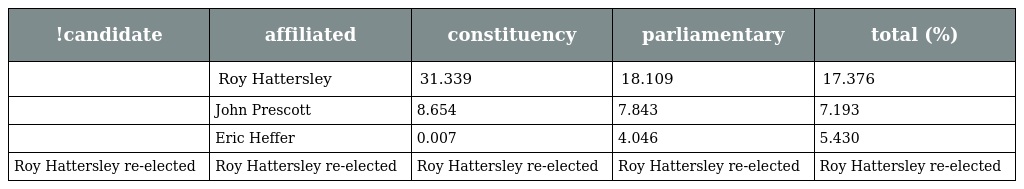
| !candidate | affiliated | constituency | parliamentary | total (%) |
 | --- | --- | --- | --- | --- |
 |  | Roy Hattersley | 31.339 | 18.109 | 17.376 |
 |  | John Prescott | 8.654 | 7.843 | 7.193 |
 |  | Eric Heffer | 0.007 | 4.046 | 5.430 |
 | Roy Hattersley re-elected | Roy Hattersley re-elected | Roy Hattersley re-elected | Roy Hattersley re-elected | Roy Hattersley re-elected |